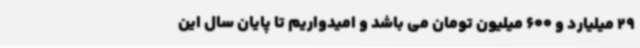
29 میلیارد و 600 میلیون تومان می باشد و امیدواریم تا پایان سال این